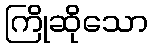
ကြိုဆိုသော